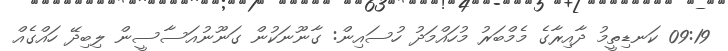
09:19 ކަނޑިތީމު ދާއިރާގެ މެމްބަރު މުހައްމަދު ހުސައިން: ގާނޫނަކުން ގަނޫނުއަސާސީން ލިބިދޭ ހައްގެއް